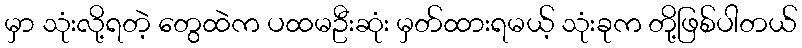
မှာ သုံးလို့ရတဲ့ တွေထဲက ပထမဦးဆုံး မှတ်ထားရမယ့် သုံးခုက တို့ဖြစ်ပါတယ်